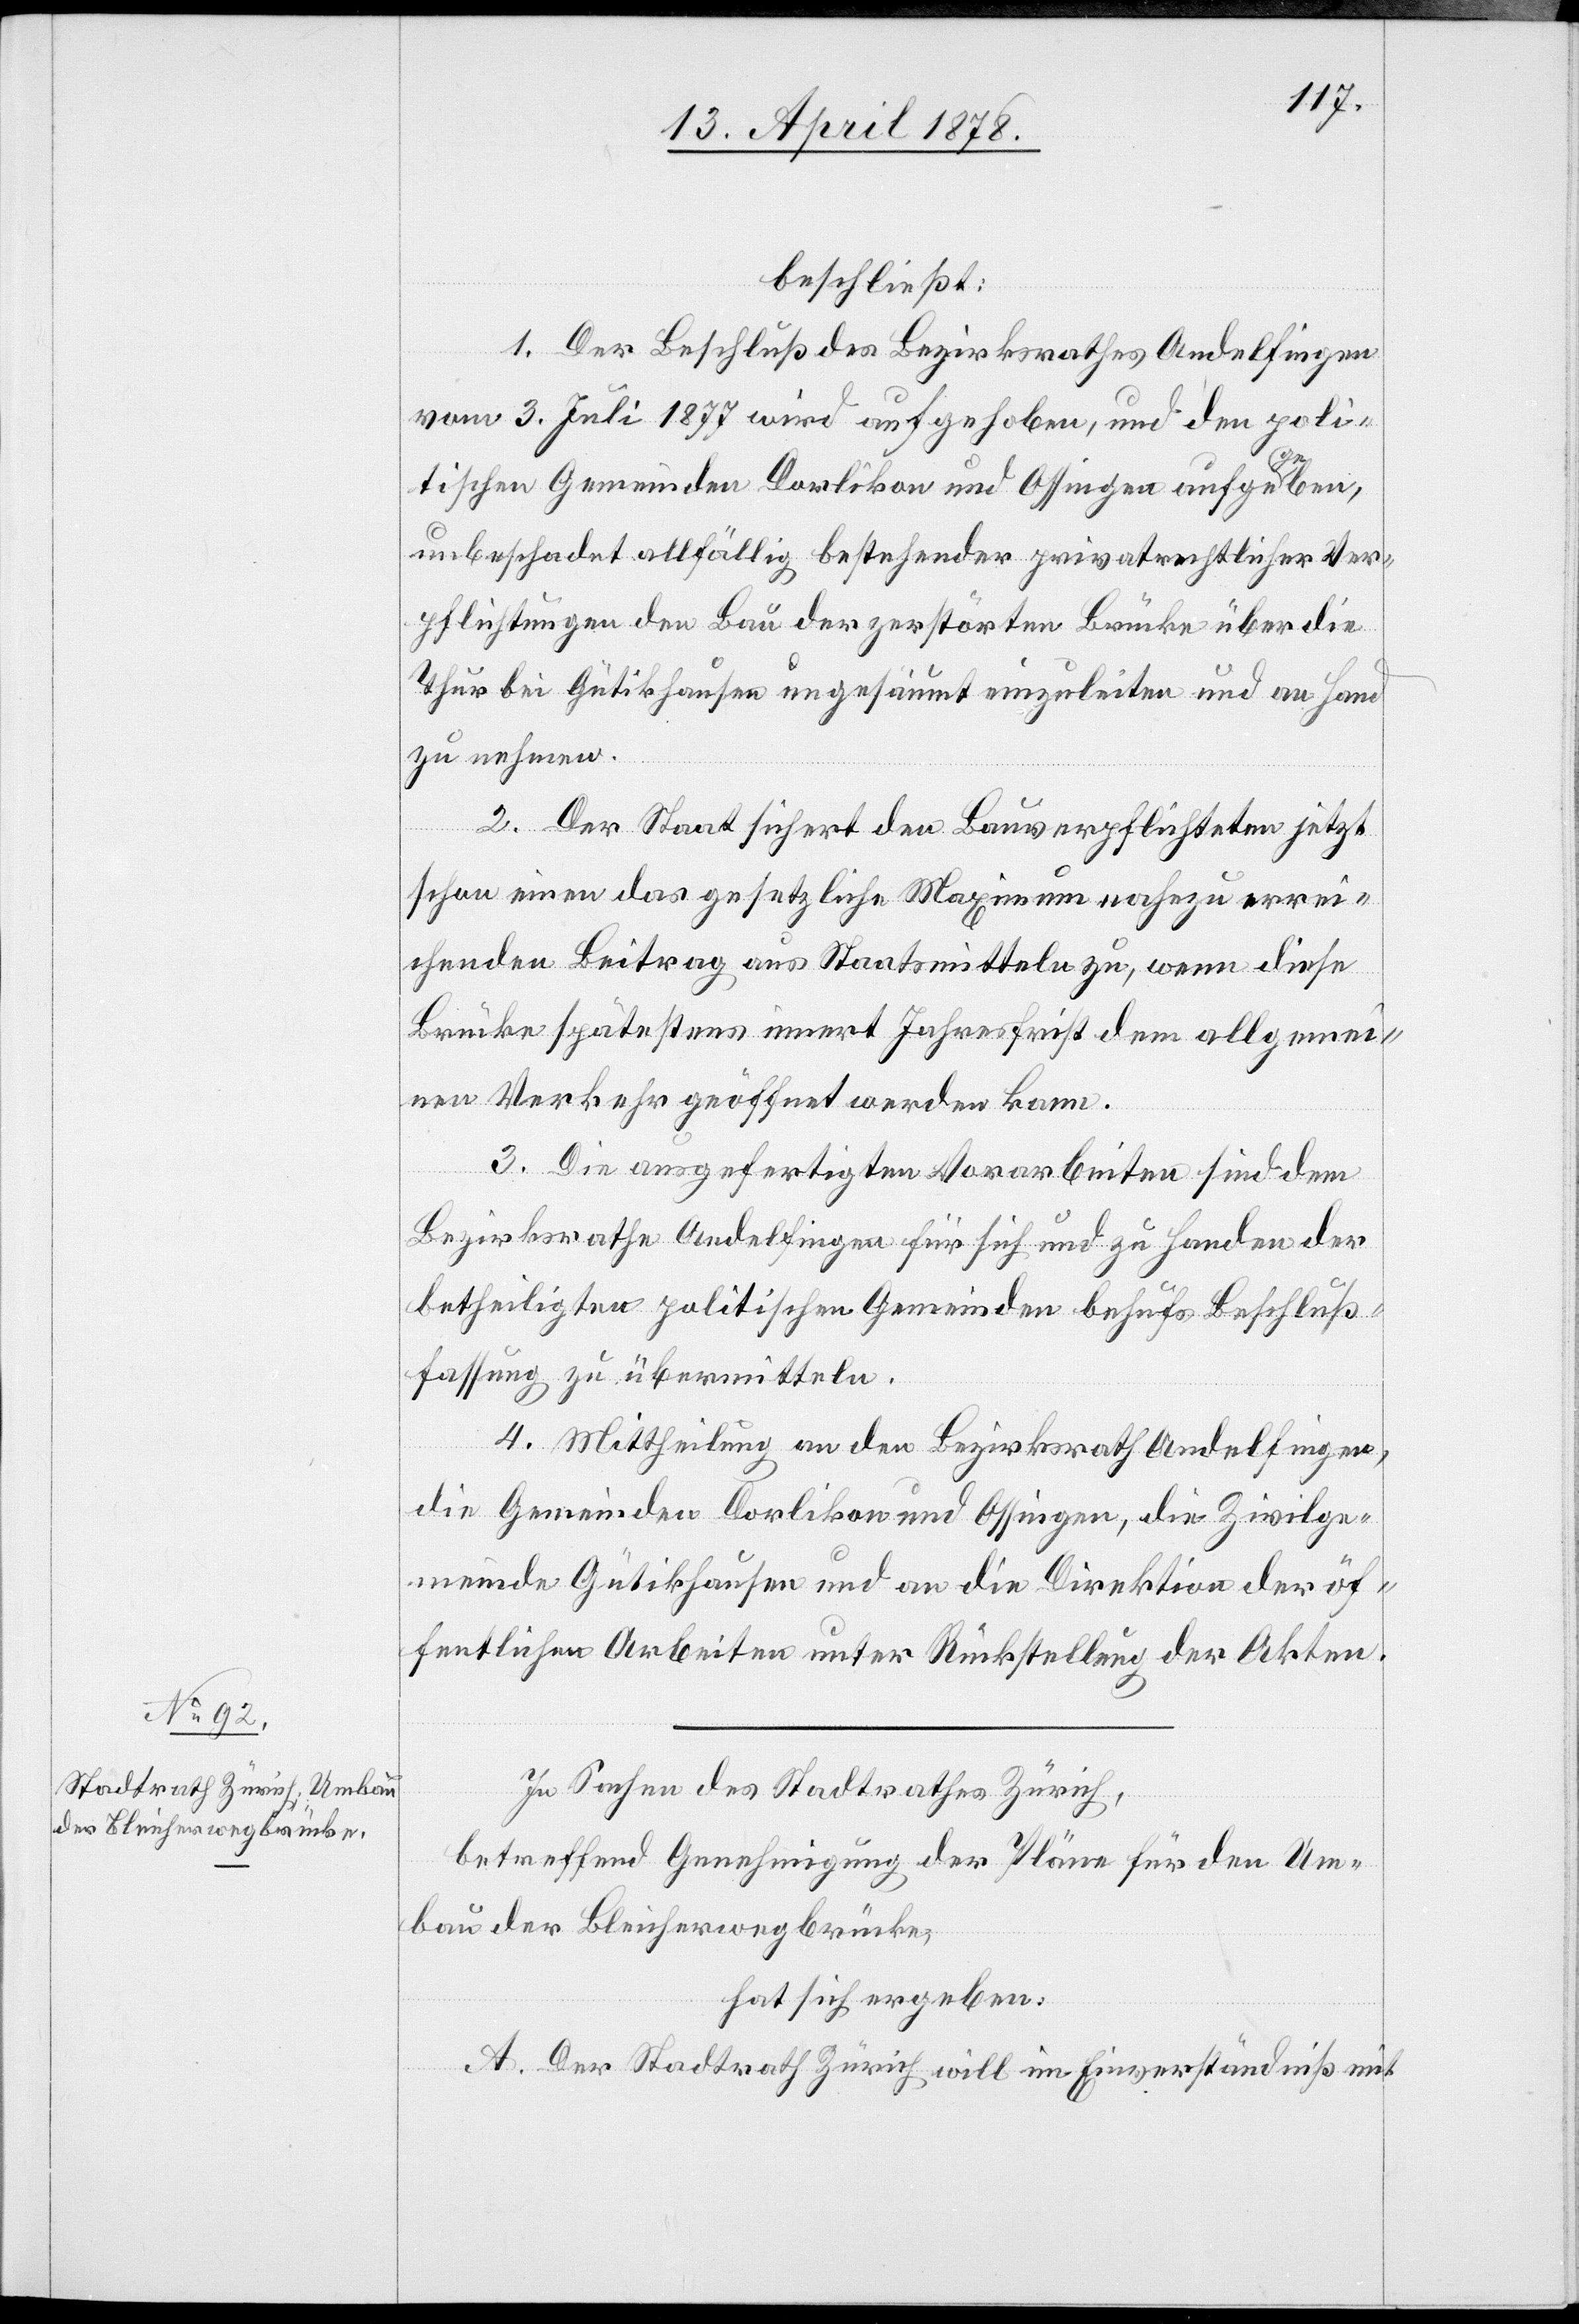
beschließt:
1. Der Beschluß des Bezirksrathes Andelfingen
vom 3. Juli 1877 wird aufgehoben, und den poli¬
tischen Gemeinden Dorlikon und Ossingen aufgegeben,
unbeschadet allfällig bestehender privatrechtlicher Ver¬
pflichtungen den Bau der zerstörten Brücke über die
Thur bei Gütikhausen ungesäumt einzuleiten und an Hand
zu nehmen.
2. Der Staat sichert den Bauverpflichteten jetzt
schon einen das gesetzliche Maximum nahezu errei¬
chenden Beitrag aus Staatsmitteln zu, wenn diese
Brücke spätestens innert Jahresfrist dem allgemei¬
nen Verkehr geöffnet werden kann.
3. Die ausgefertigten Vorarbeiten sind dem
Bezirksrathe Andelfingen für sich und zu Handen der
betheiligten politischen Gemeinden behufs Beschluss¬
fassung zu übermitteln.
4. Mittheilung an den Bezirksrath Andelfingen,
die Gemeinden Dorlikon und Ossingen, die Zivilge¬
meinde Gütikhausen und an die Direktion der öf¬
fentlichen Arbeiten unter Rückstellung der Akten.
In Sachen des Stadtrathes Zürich,
betreffend Genehmigung der Pläne für den Um¬
bau der Bleicherwegbrücke,
hat sich ergeben:
A. Der Stadtrath Zürich will im Einverständniß mit